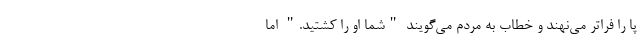
پا را فراتر می‌نهند و خطاب به مردم می‌گویند "شما او را کشتید." اما